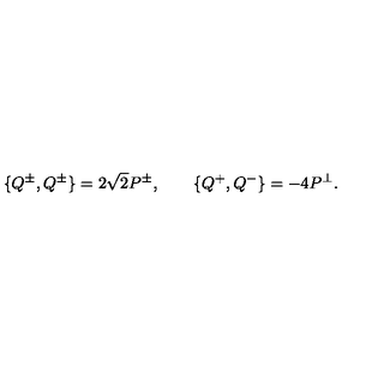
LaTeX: \{ Q ^ { \pm } , Q ^ { \pm } \} = 2 \sqrt 2 P ^ { \pm } , \qquad \{ Q ^ { + } , Q ^ { - } \} = - 4 P ^ { \perp } .